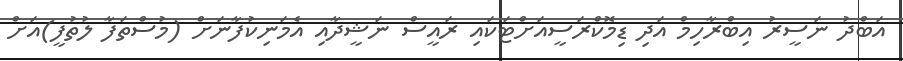
އަބްދު ނަސީރު އިބްރާހިމް އަދި ޑިމޮކްރަސީއަށްޓަކައި ރައީސް ނަޝީދާއި އެމަނިކުފާނަށް (މުސްތަފާ ލުތުފީ)އަށް